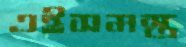
এইসমস্ত